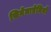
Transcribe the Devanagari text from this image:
सिनेमाप्रेमियों